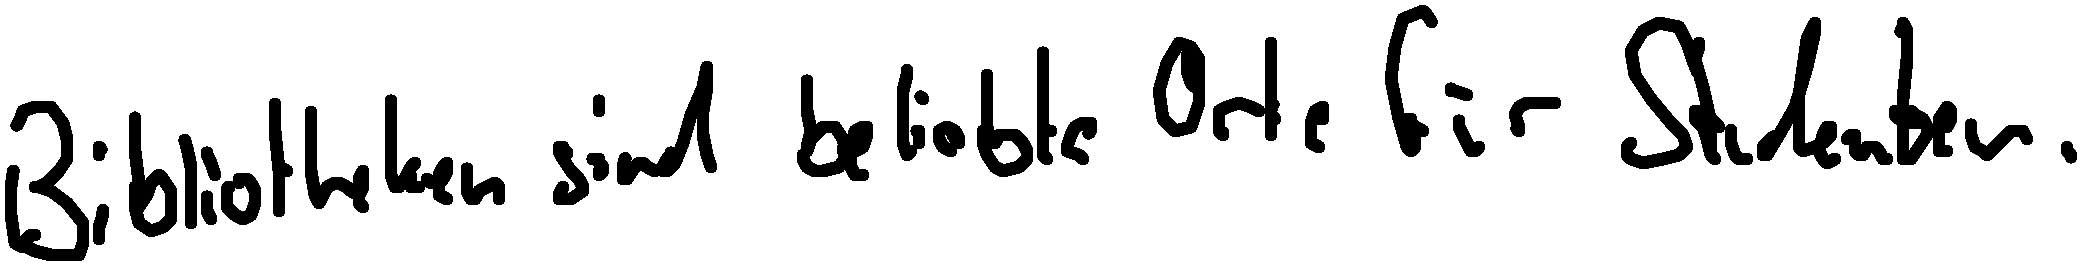
Bibliotheken sind beliebte Orte für Studenten.